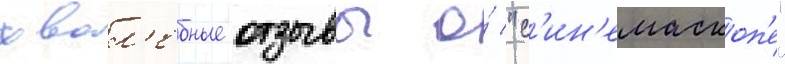
хвал'ебные отзывы о́ "с'ин'емаскоп'е"